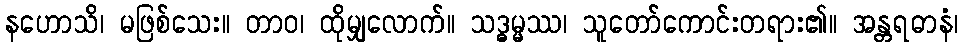
နဟောသိ၊ မဖြစ်သေး။ တာဝ၊ ထိုမျှလောက်။ သဒ္ဓမ္မဿ၊ သူတော်ကောင်းတရား၏။ အန္တရဓာနံ၊